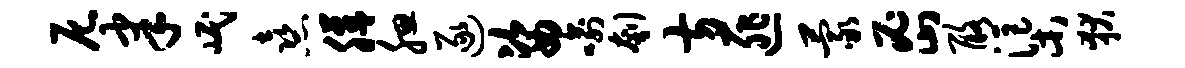
尼聿岷熹膳腮逐姿喻刳方匪蒙密酪渠狄